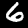
Label: 6